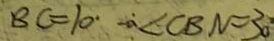
B C = 1 0 < \angle C B N = 3 0